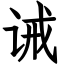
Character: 诫